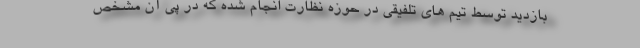
بازدید توسط تیم های تلفیقی در حوزه نظارت انجام شده که در پی آن مشخص